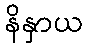
နိနှာယ